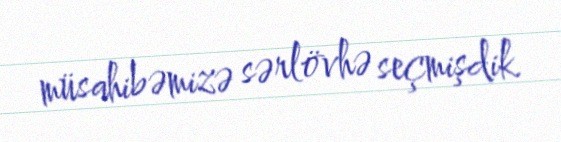
müsahibəmizə sərlövhə seçmişdik.